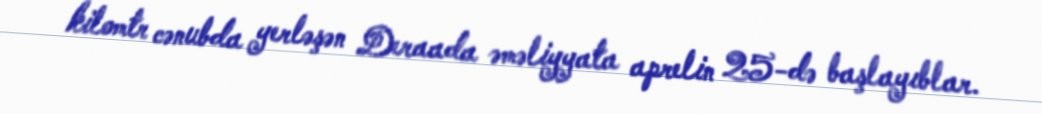
kilomtr cənubda yerləşən Deraada əməliyyata aprelin 25-də başlayıblar.